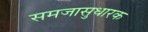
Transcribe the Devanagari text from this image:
समजासुधारक